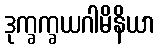
ဒုက္ခက္ခယဂါမိနိယာ